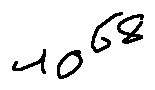
1 0 ^ { 6 8 }